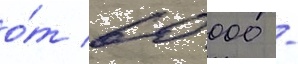
о́т 60 000 -